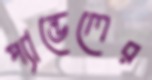
প্যান্ডেলের